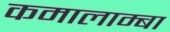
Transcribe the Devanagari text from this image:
कमालाम्बा